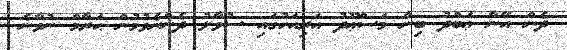
ދެން އޭނާ ޢަބްދު ބިން މަސްޢޫދު އަރިއަހުގައި ސުވާލު ދެންނެވުމުން ޙަރާމް ނުވާނެ